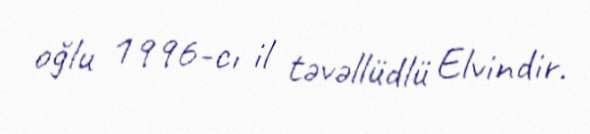
oğlu 1996-cı il təvəllüdlü Elvindir.